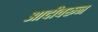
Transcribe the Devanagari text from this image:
आदीवरून